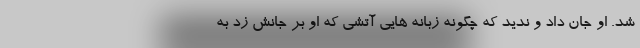
شد. او جان داد و ندید که چگونه زبانه هایی آتشی که او بر جانش زد به